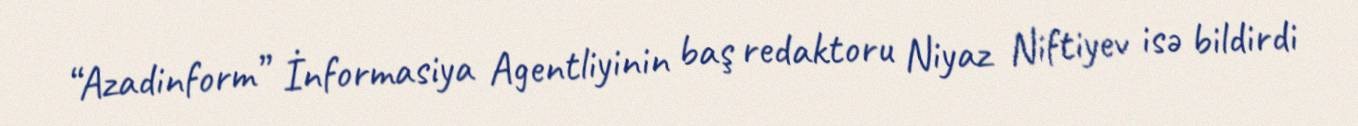
“Azadinform” İnformasiya Agentliyinin baş redaktoru Niyaz Niftiyev isə bildirdi